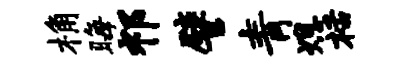
桷晦祁譬青熄栝